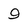
Character: 9